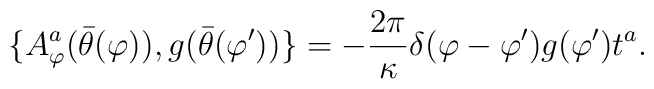
\{ A_{\varphi}^a (\bar{\theta}(\varphi)), g(\bar{\theta}(\varphi')) \}=-\frac{2 \pi}{\kappa} \delta(\varphi -\varphi ') g(\varphi ') t^a.